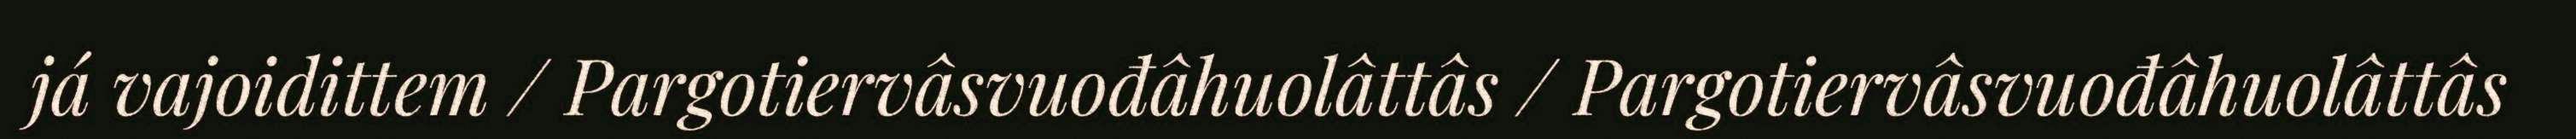
já vajoidittem / Pargotiervâsvuođâhuolâttâs / Pargotiervâsvuođâhuolâttâs